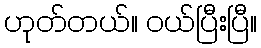
ဟုတ်တယ်။ ဝယ်ပြီးပြီ။